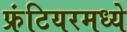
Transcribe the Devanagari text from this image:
फ्रंटियरमध्ये